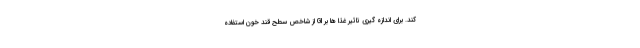
کند. برای اندازه گیری تاثیر غذا ها بر GI از شاخص سطح قند خون استفاده